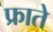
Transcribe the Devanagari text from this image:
फ्राते